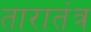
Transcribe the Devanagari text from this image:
तारातंत्र